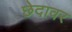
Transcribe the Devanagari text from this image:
छेदावर